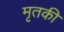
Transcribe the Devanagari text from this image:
मृतकी